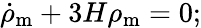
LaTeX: {\dot{\rho}}_{\mathrm{{m}}}+3H\rho_{\mathrm{{m}}}=0;